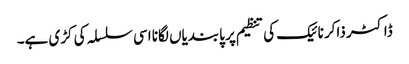
ڈاکٹر ذاکر نائیک کی تنظیم پر پابندیاں لگانا اسی سلسلہ کی کڑی ہے۔